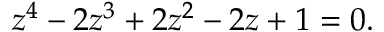
z ^ { 4 } - 2 z ^ { 3 } + 2 z ^ { 2 } - 2 z + 1 = 0 .